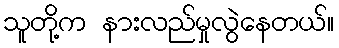
သူတို့က နားလည်မှုလွဲနေတယ်။